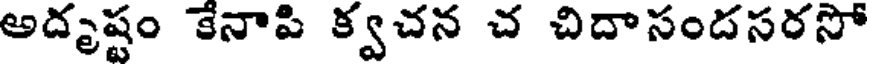
అదృష్టం కేనాపి క్వచన చ చిదాసందసరసో